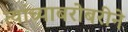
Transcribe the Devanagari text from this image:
त्यांच्याबरोबरीने